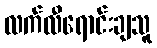
လက်လီရောင်းချသူ